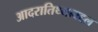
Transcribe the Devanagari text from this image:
आदरातिथ्याबद्दल